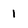
Character: 1